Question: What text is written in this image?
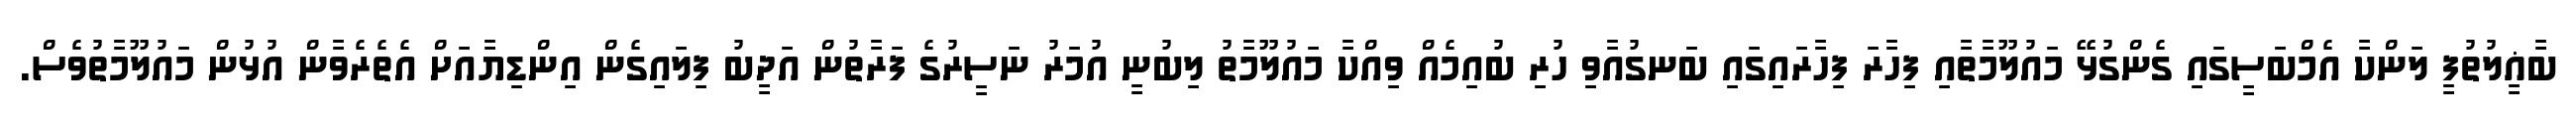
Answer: ބާޣީލުތުފީ ލަންކާ އެމްބަސީގައި ގެންގުޅޭ މައުލޫމާތާއި ފިހާރަ ފިހާރައިގައި ބަނގުއާވި ހުރި ބުއިމެއް ވިއްކާ މައުލޫމާތު ލިބުނީ އުމަރު ނަސީރުގެ ފަރާތުން އަދީބު ފިލައިގެން އިންޑިޔާއަށް އެތެރެވާން އުޅުން މައުލޫމާތުވެސް.